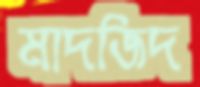
মাদজিদ